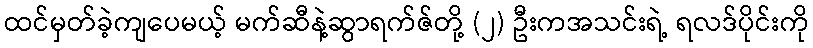
ထင်မှတ်ခဲ့ကျပေမယ့် မက်ဆီနဲ့ဆွာရက်ဇ်တို့ (၂) ဦးကအသင်းရဲ့ ရလဒ်ပိုင်းကို